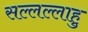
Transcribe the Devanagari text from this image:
सल्लल्लाहु